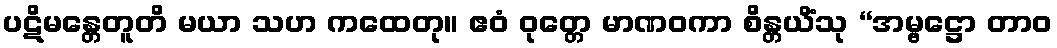
ပဋိမန္တေတူတိ မယာ သဟ ကထေတု။ ဧဝံ ဝုတ္တေ မာဏဝကာ စိန္တယိံသု “အမ္ဗဋ္ဌော တာဝ